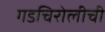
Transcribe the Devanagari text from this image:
गडचिरोलीची